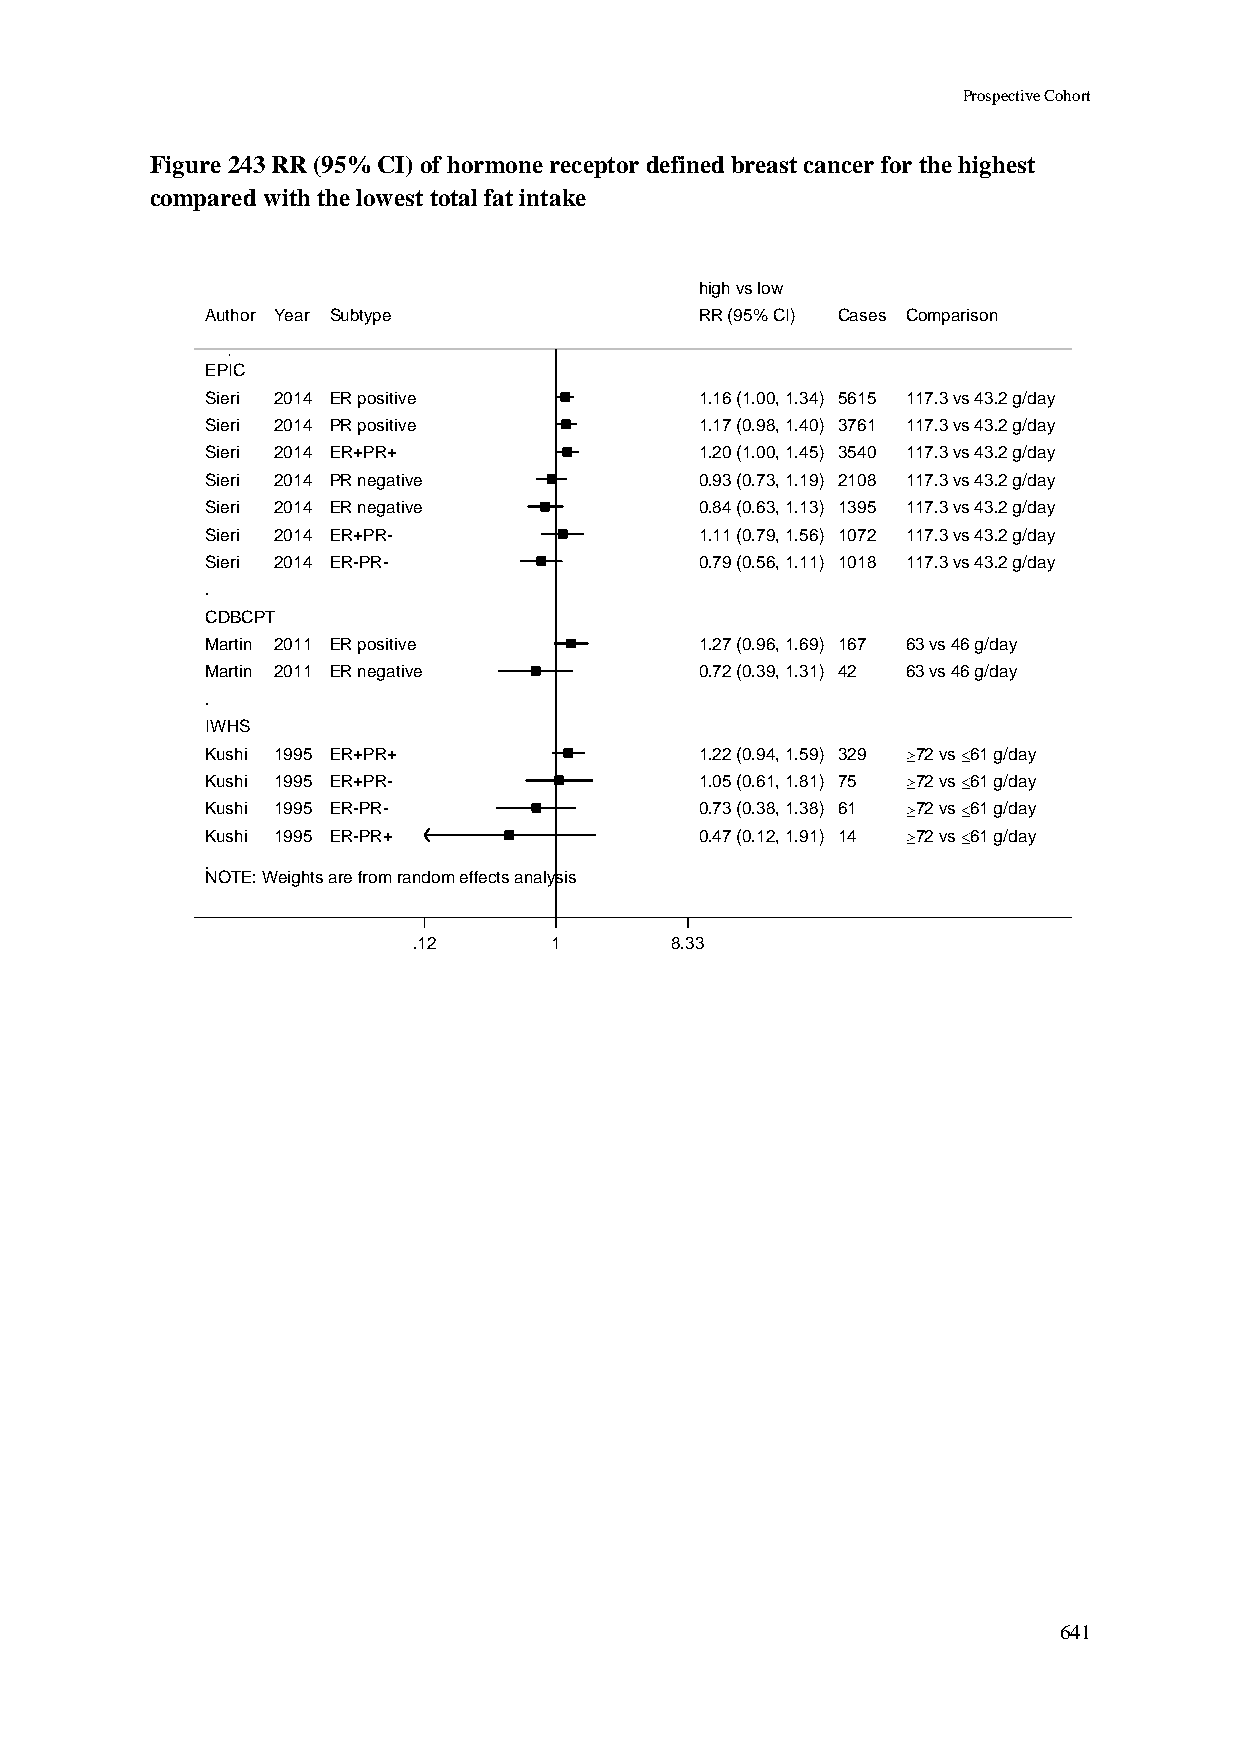
Prospective Cohort
 Figure 243 RR (95% CI) of hormone receptor defined breast cancer for the highest
 compared with the lowest total fat intake
 hhiigghh vvss llooww
 Author Year Subtype             RRRR ((9955%% CCII)) CCaasseess Comparison
 EPIC
 Sieri 2014 ER positive          11..1166 ((11..0000,, 11..3344)) 55661155 117.3 vs 43.2 g/day
 Sieri 2014 PR positive          11..1177 ((00..9988,, 11..4400)) 33776611 117.3 vs 43.2 g/day
 Sieri 2014 ER+PR+               11..2200 ((11..0000,, 11..4455)) 33554400 117.3 vs 43.2 g/day
 Sieri 2014 PR negative          00..9933 ((00..7733,, 11..1199)) 22110088 117.3 vs 43.2 g/day
 Sieri 2014 ER negative          00..8844 ((00..6633,, 11..1133)) 11339955 117.3 vs 43.2 g/day
 Sieri 2014 ER+PR-               11..1111 ((00..7799,, 11..5566)) 11007722 117.3 vs 43.2 g/day
 Sieri 2014 ER-PR-               00..7799 ((00..5566,, 11..1111)) 11001188 117.3 vs 43.2 g/day
 .
 CDBCPT
 Martin 2011 ER positive         11..2277 ((00..9966,, 11..6699)) 116677 63 vs 46 g/day
 Martin 2011 ER negative         00..7722 ((00..3399,, 11..3311)) 4422 63 vs 46 g/day
 .
 IWHS
 Kushi 1995 ER+PR+               11..2222 ((00..9944,, 11..5599)) 332299 72 vs 61 g/day
 Kushi 1995 ER+PR-               11..0055 ((00..6611,, 11..8811)) 7755 72 vs 61 g/day
 Kushi 1995 ER-PR-               00..7733 ((00..3388,, 11..3388)) 6611 72 vs 61 g/day
 Kushi 1995 ER-PR+               00..4477 ((00..1122,, 11..9911)) 1144 72 vs 61 g/day
 .
 NOTE: Weights are from random effects analysis
 .12      11      8.33
 641